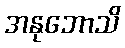
အနုဘောသိ